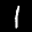
Label: 1